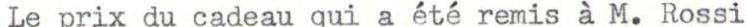
Le prix du cadeau qui a été remis à M. Rossi